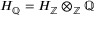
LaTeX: H _ { \mathbb { Q } } = H _ { \mathbb { Z } } \otimes _ { \mathbb { Z } } \mathbb { Q }